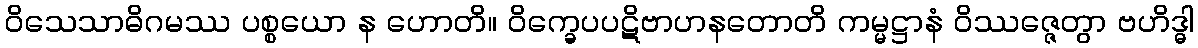
ဝိသေသာဓိဂမဿ ပစ္စယော န ဟောတိ။ ဝိက္ခေပပဋိဗာဟနတောတိ ကမ္မဋ္ဌာနံ ဝိဿဇ္ဇေတွာ ဗဟိဒ္ဓါ